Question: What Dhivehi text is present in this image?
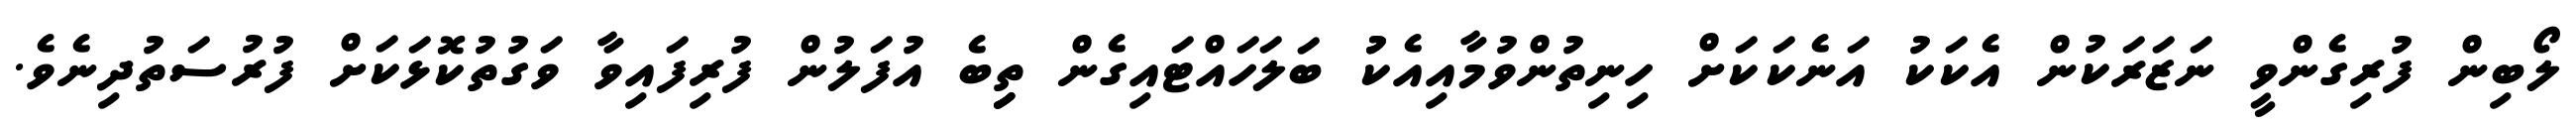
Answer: ލޯބިން ފުރިގެންވީ ނަޒަރަކުން އެކަކު އަނެކަކަށް ހިނިތުންވުމާއިއެކުު ބަލަހައްޓައިގެން ތިިިބެ އުފަލުން ފުރިފައިވާ ވަގުތުކޮޅަކަށް ފުރުސަތުދިނެވެ.